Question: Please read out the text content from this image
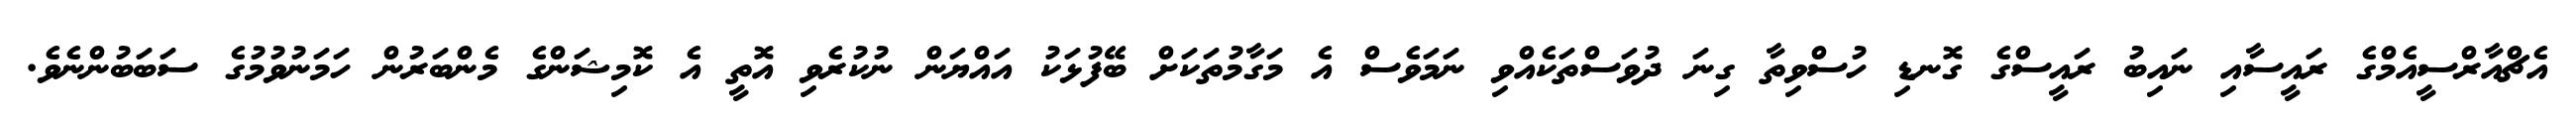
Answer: އެޗްއާރްސީއެމްގެ ރައީސާއި ނައިބު ރައީސްގެ ގޮނޑި ހުސްވިތާ ގިނަ ދުވަސްތަކެއްވި ނަމަވެސް އެ މަގާމުތަކަށް ބޭފުޅަކު އައްޔަން ނުކުރެވި އޮތީ އެ ކޮމިޝަންގެ މެންބަރުން ހަމަނުވުމުގެ ސަބަބުންނެވެ.